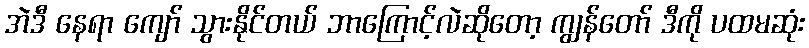
အဲဒီ နေရာ ကျော် သွားနိုင်တယ် ဘာကြောင့်လဲဆိုတော့ ကျွန်တော် ဒီကို ပထမဆုံး